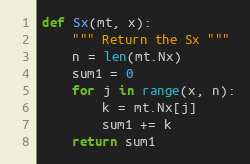
Language: Python
def Sx(mt, x):
    """ Return the Sx """
    n = len(mt.Nx)
    sum1 = 0
    for j in range(x, n):
        k = mt.Nx[j]
        sum1 += k
    return sum1